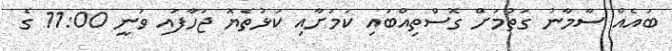
ބައެއް ސާމާނު ގަތުމަށް ގޮސްތިއްބައި ކަމަށާއި ކަޅުތެޔޮ ޖަހާފައި ވަނީ 11:00 ގެ